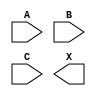
module sky130_fd_sc_hs__or3 (
    //# {{data|Data Signals}}
    input  A,
    input  B,
    input  C,
    output X
);

    // Voltage supply signals
    supply1 VPWR;
    supply0 VGND;

endmodule